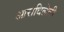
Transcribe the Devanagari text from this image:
आराधिलेली